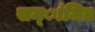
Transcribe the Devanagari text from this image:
सम्ांजित